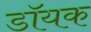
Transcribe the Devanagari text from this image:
डॉयक